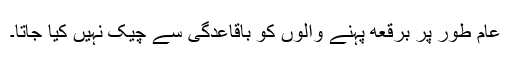
عام طور پر برقعه پہنے والوں کو باقاعدگی سے چیک نہیں کیا جاتا۔